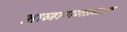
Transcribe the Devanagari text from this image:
आव्हाणणात्मअक